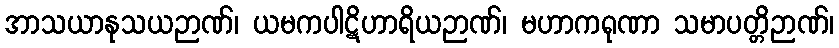
အာသယာနုသယဉာဏ်၊ ယမကပါဋိဟာရိယဉာဏ်၊ မဟာကရုဏာ သမာပတ္တိဉာဏ်၊